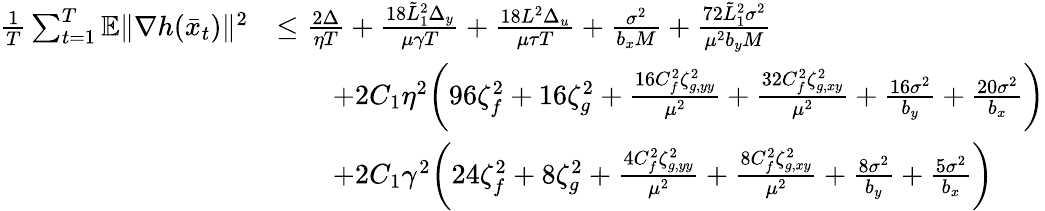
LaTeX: \begin{array}{rl}{\frac{1}{T}\sum_{t=1}^{T}\mathbb{E}\| \nabla h(\bar{x}_{t})\| ^{2}}&{\leq\frac{2\Delta}{\eta T}+\frac{18\tilde{L}_{1}^{2}\Delta_{y}}{\mu\gamma T}+\frac{18L^{2}\Delta_{u}}{\mu\tau T}+\frac{\sigma^{2}}{b_{x}M}+\frac{72\tilde{L}_{1}^{2}\sigma^{2}}{\mu^{2}b_{y}M}}\\ &{\qquad+2C_{1}\eta^{2}\bigg(96\zeta_{f}^{2}+16\zeta_{g}^{2}+\frac{16C_{f}^{2}\zeta_{g,yy}^{2}}{\mu^{2}}+\frac{32C_{f}^{2}\zeta_{g,xy}^{2}}{\mu^{2}}+\frac{16\sigma^{2}}{b_{y}}+\frac{20\sigma^{2}}{b_{x}}\bigg)}\\ &{\qquad+2C_{1}\gamma^{2}\bigg(24\zeta_{f}^{2}+8\zeta_{g}^{2}+\frac{4C_{f}^{2}\zeta_{g,yy}^{2}}{\mu^{2}}+\frac{8C_{f}^{2}\zeta_{g,xy}^{2}}{\mu^{2}}+\frac{8\sigma^{2}}{b_{y}}+\frac{5\sigma^{2}}{b_{x}}\bigg)}\end{array}